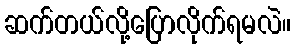
ဆက်တယ်လို့ပြောလိုက်ရမလဲ။